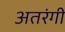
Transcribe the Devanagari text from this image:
अतरंगी